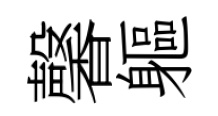
馨軀